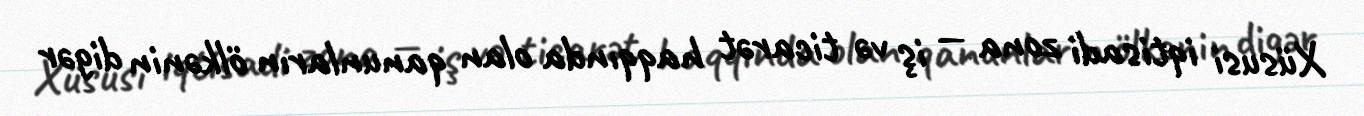
Xüsusi iqtisadi zona — iş və ticarət haqqında olan qanunların ölkənin digər